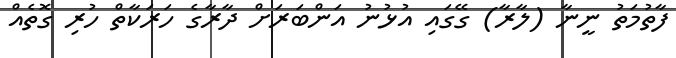
ފާތުމަތު ނީނާ (ލާރާ) ގޭގައި އުޅުނު އަންބަރަށް ދާރާގެ ހަރަކާތް ހުރި ގޮތެއް